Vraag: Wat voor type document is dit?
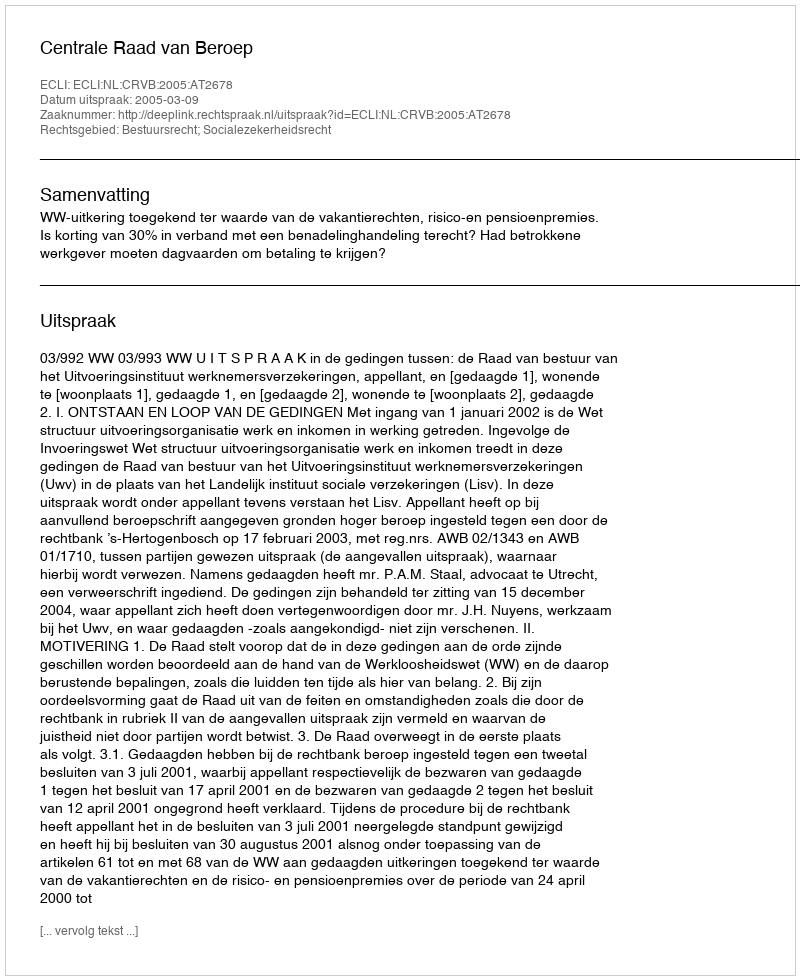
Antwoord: Uitspraak